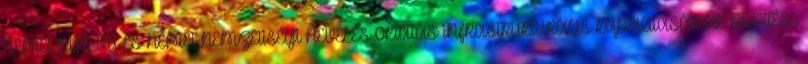
NÉMET NYELVŰ ÉS NÉMET NEMZETISÉGI NEVELÉS-OKTATÁS INFRASTRUKTURÁLIS KAPACITÁSÁNAK BŐVÍTÉSE